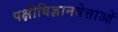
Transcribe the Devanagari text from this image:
पक्षीविज्ञानवेत्ताओं